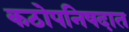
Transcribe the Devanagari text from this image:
कठोपनिषदात